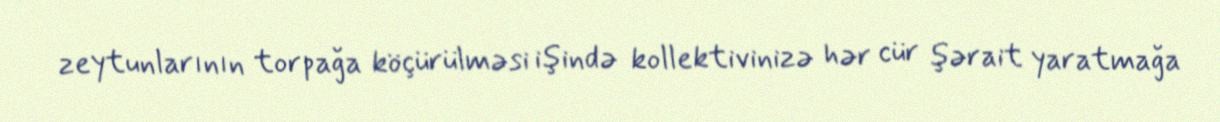
zeytunlarının torpağa köçürülməsi işində kollektivinizə hər cür şərait yaratmağa